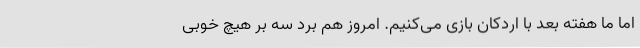
اما ما هفته بعد با اردکان بازی می‌کنیم. امروز هم برد سه بر هیچ خوبی